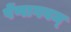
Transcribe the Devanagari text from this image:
पेंणागवम्